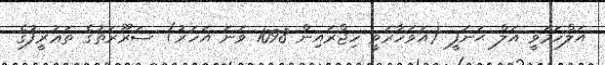
އަލްހަމަވީ އަލް ޙަނަފީ (އަވަހާރަވީ ހިޖްރައިން 1098 ވަނަ އަހަރު) ޟަރޫރަތުގެ ތަޢުރީފުގެ